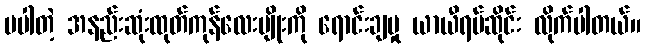
မပါတဲ့ အနည်းဆုံးထုတ်ကုန်လေးမျိုးကို ရောင်းချမှု ယာယီရပ်ဆိုင်း လိုက်ပါတယ်။